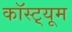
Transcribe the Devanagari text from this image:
कॉस्ट़्यूम